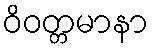
ဝိဝတ္တမာနာ